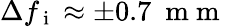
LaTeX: \Delta f_{\mathrm{~i~}}\approx\pm 0.7~\mathrm{~m~m~}